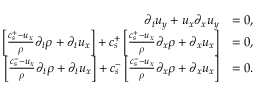
\begin{array} { r l } { \partial _ { t } u _ { y } + u _ { x } \partial _ { x } u _ { y } } & { = 0 , } \\ { \left[ \frac { c _ { s } ^ { + } - u _ { x } } { \rho } \partial _ { t } \rho + \partial _ { t } u _ { x } \right] + c _ { s } ^ { + } \left[ \frac { c _ { s } ^ { + } - u _ { x } } { \rho } \partial _ { x } \rho + \partial _ { x } u _ { x } \right] } & { = 0 , } \\ { \left[ \frac { c _ { s } ^ { - } - u _ { x } } { \rho } \partial _ { t } \rho + \partial _ { t } u _ { x } \right] + c _ { s } ^ { - } \left[ \frac { c _ { s } ^ { - } - u _ { x } } { \rho } \partial _ { x } \rho + \partial _ { x } u _ { x } \right] } & { = 0 . } \end{array}